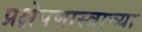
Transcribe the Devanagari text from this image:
प्रक्षेपणास्त्राच्या